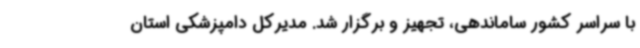
با سراسر کشور ساماندهی، تجهیز و برگزار شد. مدیرکل دامپزشکی استان